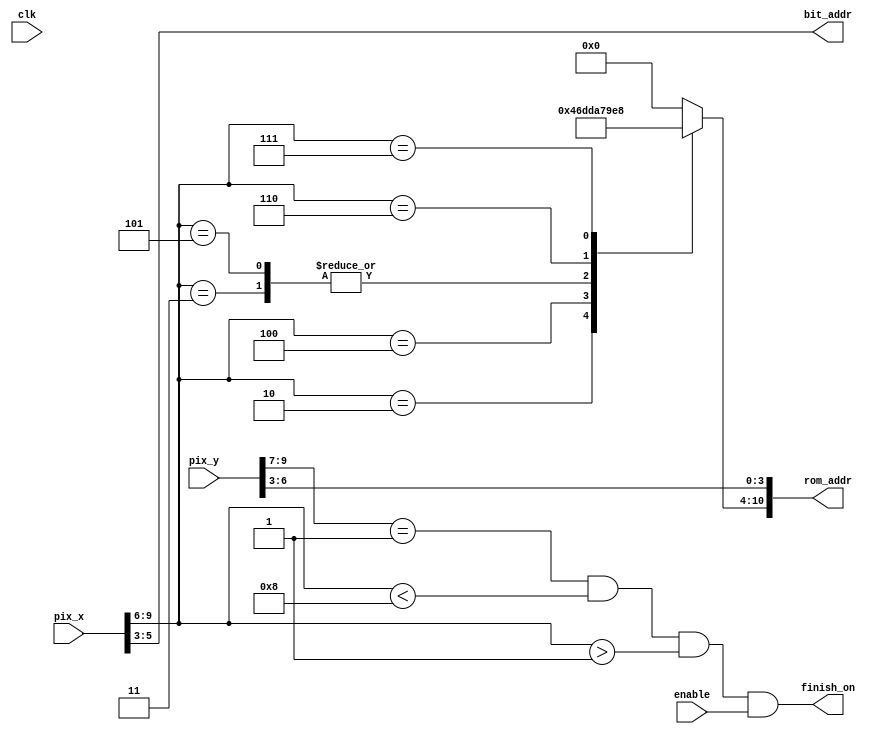
`timescale 1ns / 1ps


module finish(
input wire clk, enable,
input wire [9:0] pix_x, pix_y,
output wire finish_on,
output wire [2:0] bit_addr,
output wire [10:0] rom_addr);


wire [3:0] row_addr;
reg [6:0] char_addr;

assign row_addr = pix_y [6:3];
assign bit_addr = pix_x [5:3];
assign rom_addr = {char_addr, row_addr};
assign finish_on = (pix_y [9: 7] ==1) && (pix_x [9: 6] <8)
                     && (pix_x [9: 6] >1) && enable;
 
always @*
case (pix_x [9:6])
4'h2: char_addr = 7'h46; // F
4'h3: char_addr = 7'h69; // i
4'h4: char_addr = 7'h6e; // n
4'h5: char_addr = 7'h69; // i
4'h6: char_addr = 7'h73; // s
4'h7: char_addr = 7'h68; // h
default: char_addr = 7'h00; // 
endcase

endmodule